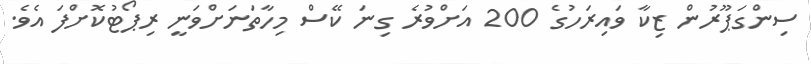
ސިންގަޕޫރުން ޒިކާ ވައިރަހުގެ 200 އަށްވުރެ ގިނަ ކޭސް މިހާތަނަށްވަނީ ރިޕޯޓުކޮށްފަ އެވެ.